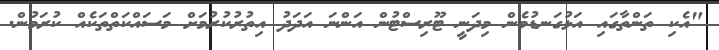
"އެކި ތަންތާގައި އަޅުގަނޑުމެން މިދަނީ ޓޫރިސްޓުން އަންނަ އަދަދު އިތުރުކުރުމަށް މަސައްކަތްތަކެއް ކުރަމުން.